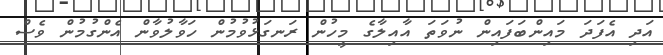
އަދި އެފަދަ މައިންބަފައިން ނުވަތަ އާއިލާގެ މީހުން ރަނގަޅުވުމުން ހަވާލުވާން އެންގުމުން ވެސް